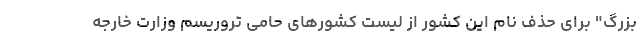
بزرگ" برای حذف نام این کشور از لیست کشورهای حامی تروریسم وزارت خارجه